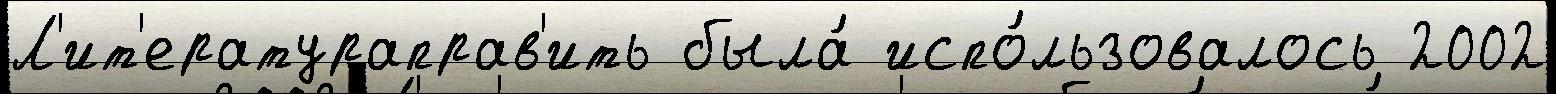
Л'ит'ератураправ'ить была́ испо́льзовалось 2002